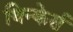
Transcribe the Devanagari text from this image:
थिन्केर्स